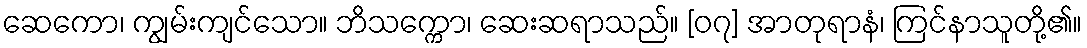
ဆေကော၊ ကျွမ်းကျင်သော။ ဘိသက္ကော၊ ဆေးဆရာသည်။ [၀၇] အာတုရာနံ၊ ကြင်နာသူတို့၏။